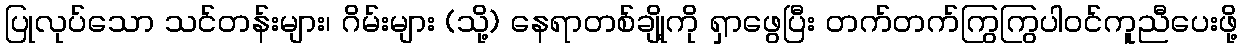
ပြုလုပ်သော သင်တန်းများ၊ ဂိမ်းများ (သို့) နေရာတစ်ချို့ကို ရှာဖွေပြီး တက်တက်ကြွကြွပါဝင်ကူညီပေးဖို့